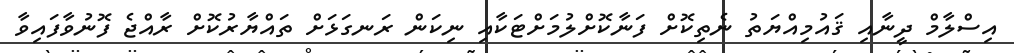
އިސްލާމް ދީނާއި ޤައުމިއްޔަތު ނެތިކޮށް ފަނާކޮށްލުމަށްޓަކާއި ނިކަން ރަނގަޅަށް ތައްޔާރުކޮށް ރާއްޖެ ފޮނުވާފައިވާ